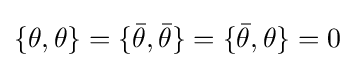
\{\theta ,\theta \}=\{{\bar {\theta }},{\bar {\theta }}\}=\{{\bar {\theta }},\theta \}=0